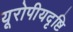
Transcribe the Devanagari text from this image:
यूरोपीयदृष्टि